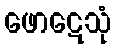
ဖောဋေသုံ